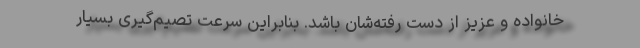
خانواده و عزیز از دست رفته‌شان باشد. بنابراین سرعت تصیم‌گیری بسیار